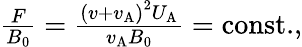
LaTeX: \begin{array}{r}{\frac{F}{B_{0}}=\frac{\left(v+v_{\mathrm{A}}\right)^{2}U_{\mathrm{A}}}{v_{\mathrm{A}}B_{0}}=\mathrm{const.},}\end{array}